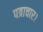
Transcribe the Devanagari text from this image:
पत्राचार।